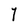
Character: Y